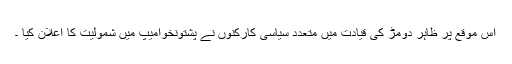
اس موقع پر ظاہر دومڑ کی قیادت میں متعدد سیاسی کارکنوں نے پشتونخوامیپ میں شمولیت کا اعلان کیا ۔